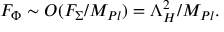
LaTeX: F _ { \Phi } \sim { \cal O } ( F _ { \Sigma } / M _ { P l } ) = \Lambda _ { H } ^ { 2 } / M _ { P l } .